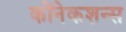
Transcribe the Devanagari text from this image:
कोंनेकशन्स